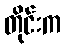
တိုင်းက